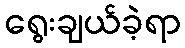
ရွေးချယ်ခဲ့ရာ